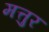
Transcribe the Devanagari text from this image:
मत्तुर